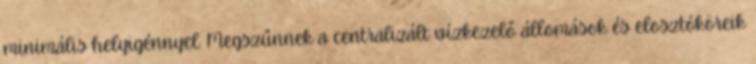
minimális helyigénnyel. Megszűnnek a centralizált vízkezelő állomások és elosztóköreik